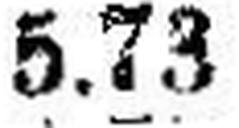
5.73